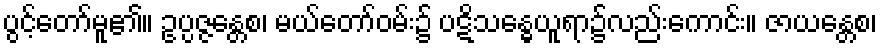
ပွင့်တော်မူ၏။ ဥပ္ပဇ္ဇန္တေစ၊ မယ်တော်ဝမ်း၌ ပဋိသန္ဓေယူရာ၌လည်းကောင်း။ ဇာယန္တေစ၊